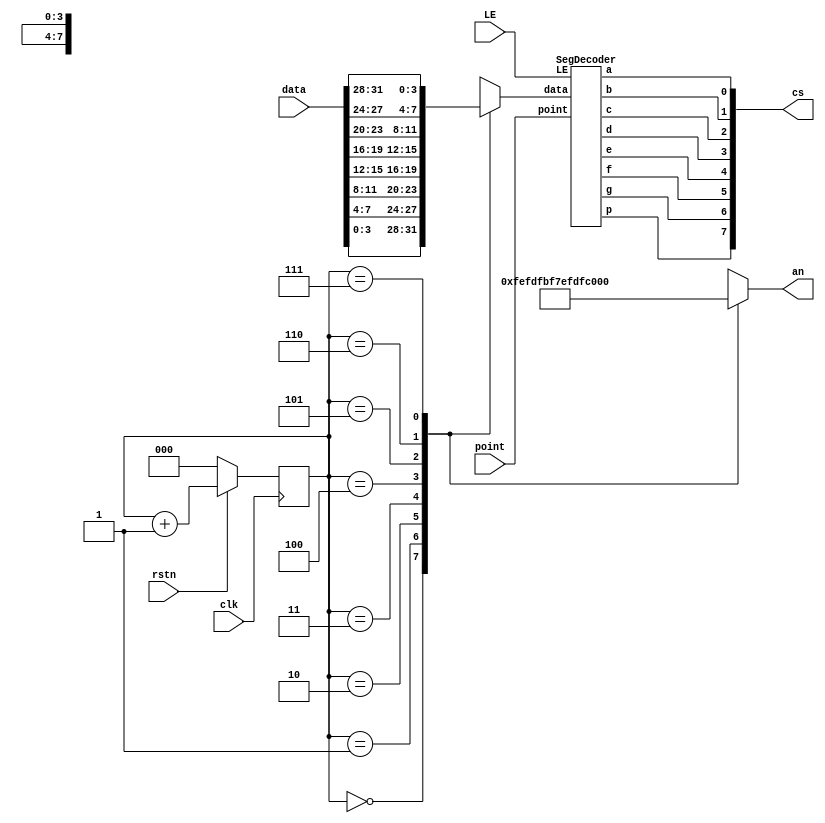
module SegDriver(
    input clk,
    input rstn,
    input [31:0] data,
    input point,
    input LE,
    output [7:0] cs,
    output [7:0] an
);

    reg [2:0] index;
    always@(posedge clk)begin
        if(~rstn) index<=3'b0;
        else index<=index+3'b1;
    end
    
    wire [7:0] an_array [7:0];
    assign an_array[0]=8'b11111110;
    assign an_array[1]=8'b11111101;
    assign an_array[2]=8'b11111011;
    assign an_array[3]=8'b11110111;
    assign an_array[4]=8'b11101111;
    assign an_array[5]=8'b11011111;
    assign an_array[6]=8'b10111111;
    assign an_array[7]=8'b01111111;
    assign an=an_array[index];

    wire [3:0] data_array [7:0];
    genvar i;
    generate
        for(i=0;i<8;i=i+1)begin
            assign data_array[i]=data[i*4+3:i*4];
        end
    endgenerate

    SegDecoder seg_decoder(
        .data(data_array[index]),
        .point(point),
        .LE(LE),

        .a(cs[0]),
        .b(cs[1]),
        .c(cs[2]),
        .d(cs[3]),
        .e(cs[4]),
        .f(cs[5]),
        .g(cs[6]),
        .p(cs[7])
    );
    
endmodule //SegDriver

module SegDecoder (
    input wire [3:0] data,
    input wire point,
    input wire LE,

    output wire a,
    output wire b,
    output wire c,
    output wire d,
    output wire e,
    output wire f,
    output wire g,
    output wire p
);

    wire [7:0] seg;
    assign seg[7]=~point;
    
    wire [6:0] decoder [15:0];
    assign decoder[0]=7'b1000000;
    assign decoder[1]=7'b1111001;
    assign decoder[2]=7'b0100100;
    assign decoder[3]=7'b0110000;
    assign decoder[4]=7'b0011001;
    assign decoder[5]=7'b0010010;
    assign decoder[6]=7'b0000010;
    assign decoder[7]=7'b1111000;
    assign decoder[8]=7'b0000000;
    assign decoder[9]=7'b0010000;
    assign decoder[10]=7'b0001000;
    assign decoder[11]=7'b0000011;
    assign decoder[12]=7'b1000110;
    assign decoder[13]=7'b0100001;
    assign decoder[14]=7'b0000110;
    assign decoder[15]=7'b0001110;
    assign seg[6:0]=decoder[data];

    assign {p,g,f,e,d,c,b,a}={8{LE}}|seg;

endmodule //SegDecoder